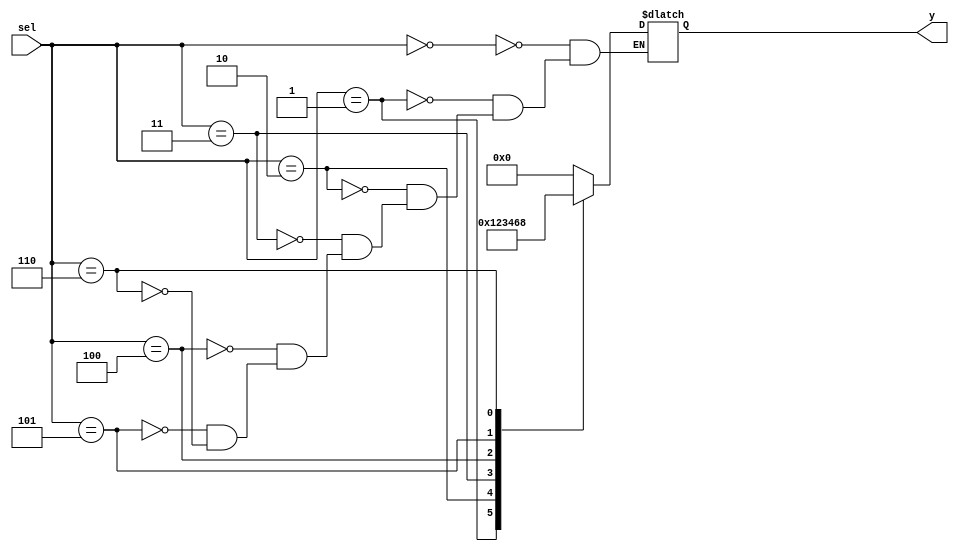
module control (sel,y);
input [2:0] sel; //
output [3:0] y; //

reg [3:0] y;

always @ (sel)
begin
case (sel)
	3'b000 : y = 4'b0000;
	3'b001 : y = 4'b0001;
	3'b010 : y = 4'b0010;
	3'b011 : y = 4'b0011;
	3'b100 : y = 4'b0100; //multip
	3'b101 : y = 4'b0110; //right
	3'b110 : y = 4'b1000; //left
endcase
end
endmodule